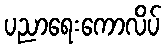
ပညာရေးကောလိပ်